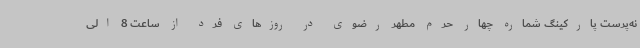
نه‌پرست پارکینگ شماره چهار حرم مطهر رضوی در روزهای فرد از ساعت 8 الی